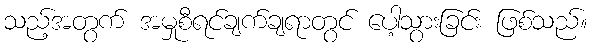
သည့်အတွက် အမှုစီရင်ချက်ချရာတွင် ပေါ့သွားခြင်း ဖြစ်သည်။